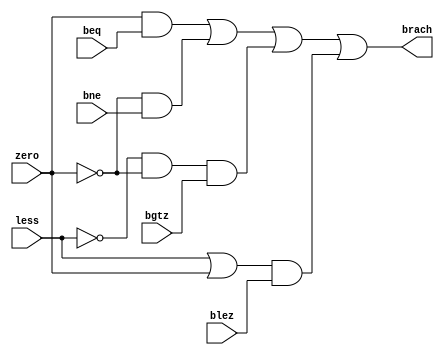
`timescale 1ns / 1ps
//////////////////////////////////////////////////////////////////////////////////
// Company: 
// Engineer: 
// 
// Design Name: 
// Module Name: BRANCH_SELECT
// Project Name: 
// Target Devices: 
// Tool Versions: 
// Description: 
// 
// Dependencies: 
// 
// Revision:
// Revision 0.01 - File Created
// Additional Comments:
// 
//////////////////////////////////////////////////////////////////////////////////


module BRANCH_SELECT(
    input zero,less,
    input beq,bne,bgtz,blez,
    output brach
    );
    wire beq_branch,bne_branch,bgtz_branch,blez_branch;
    assign beq_branch=zero&beq;
    assign bne_branch=~zero&bne;
    assign bgtz_branch=~less&~zero&bgtz;
    assign blez_branch=(less|zero)&blez;
    assign brach=beq_branch|bne_branch|bgtz_branch|blez_branch;
endmodule